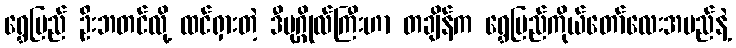
ရွှေပြည် ဦးဘတင်လို့ ထင်ရှားတဲ့ ဒီပုဂ္ဂိုလ်ကြီးဟာ တချိန်က ရွှေပြည်ကိုယ်တော်လေးအမည်နဲ့